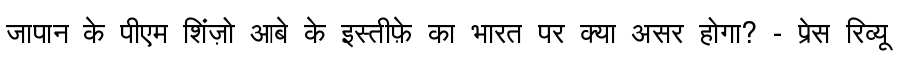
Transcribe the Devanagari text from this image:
जापान के पीएम शिंज़ो आबे के इस्तीफ़े का भारत पर क्या असर होगा? - प्रेस रिव्यू